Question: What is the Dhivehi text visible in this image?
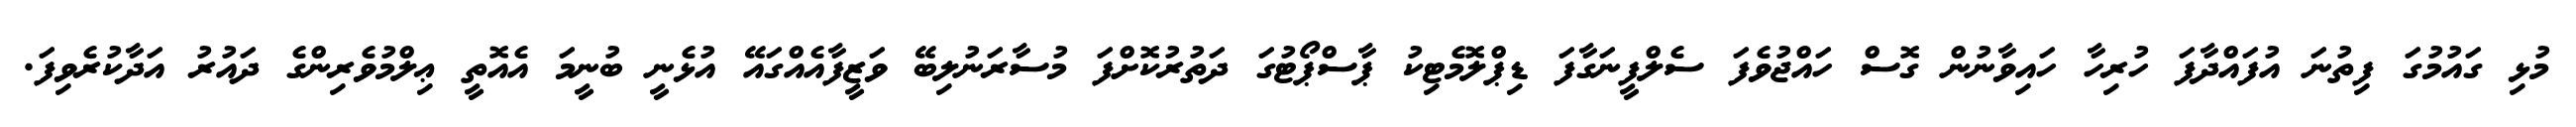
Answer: މުޅި ގައުމުގަ ފިތުނަ އުފައްދާފަ ހުރިހާ ހައިވާނުން ގޮސް ހައްޖުވެފަ ސެލްފީނަގާފަ ޑިޕްލޮމެޓިކު ޕާސްޕޯޓުގަ ދަތުރުކޮށްފަ މުސާރަނުލިބޭ ވަޒީފާއެއްގައޭ އުޅެނީ ބުނީމަ އެއޮތީ ޢިލްމުވެރިންގެ ދައުރު އަދާކުރެވިފަ.